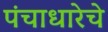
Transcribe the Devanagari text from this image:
पंचाधारेचे